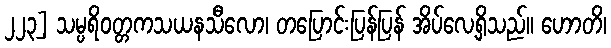
၂၂၃] သမ္ပရိဝတ္တကသယနသီလော၊ တပြောင်းပြန်ပြန် အိပ်လေ့ရှိသည်။ ဟောတိ၊